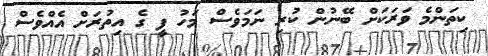
ކިތަންމެ ވަރަކަށް ބޭނުން ކުރި ނަމަވެސް މަހު ފީ ގެ އިތުރަށް އެއްވެސް